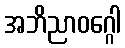
အဘိညာဝဂ္ဂေါ